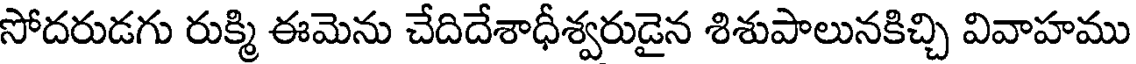
సోదరుడగు రుక్మి ఈమెను చేదిదేశాధీశ్వరుడైన శిశుపాలునకిచ్చి వివాహము